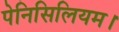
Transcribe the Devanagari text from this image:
पेनिसिलियम।